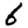
Digit: 6